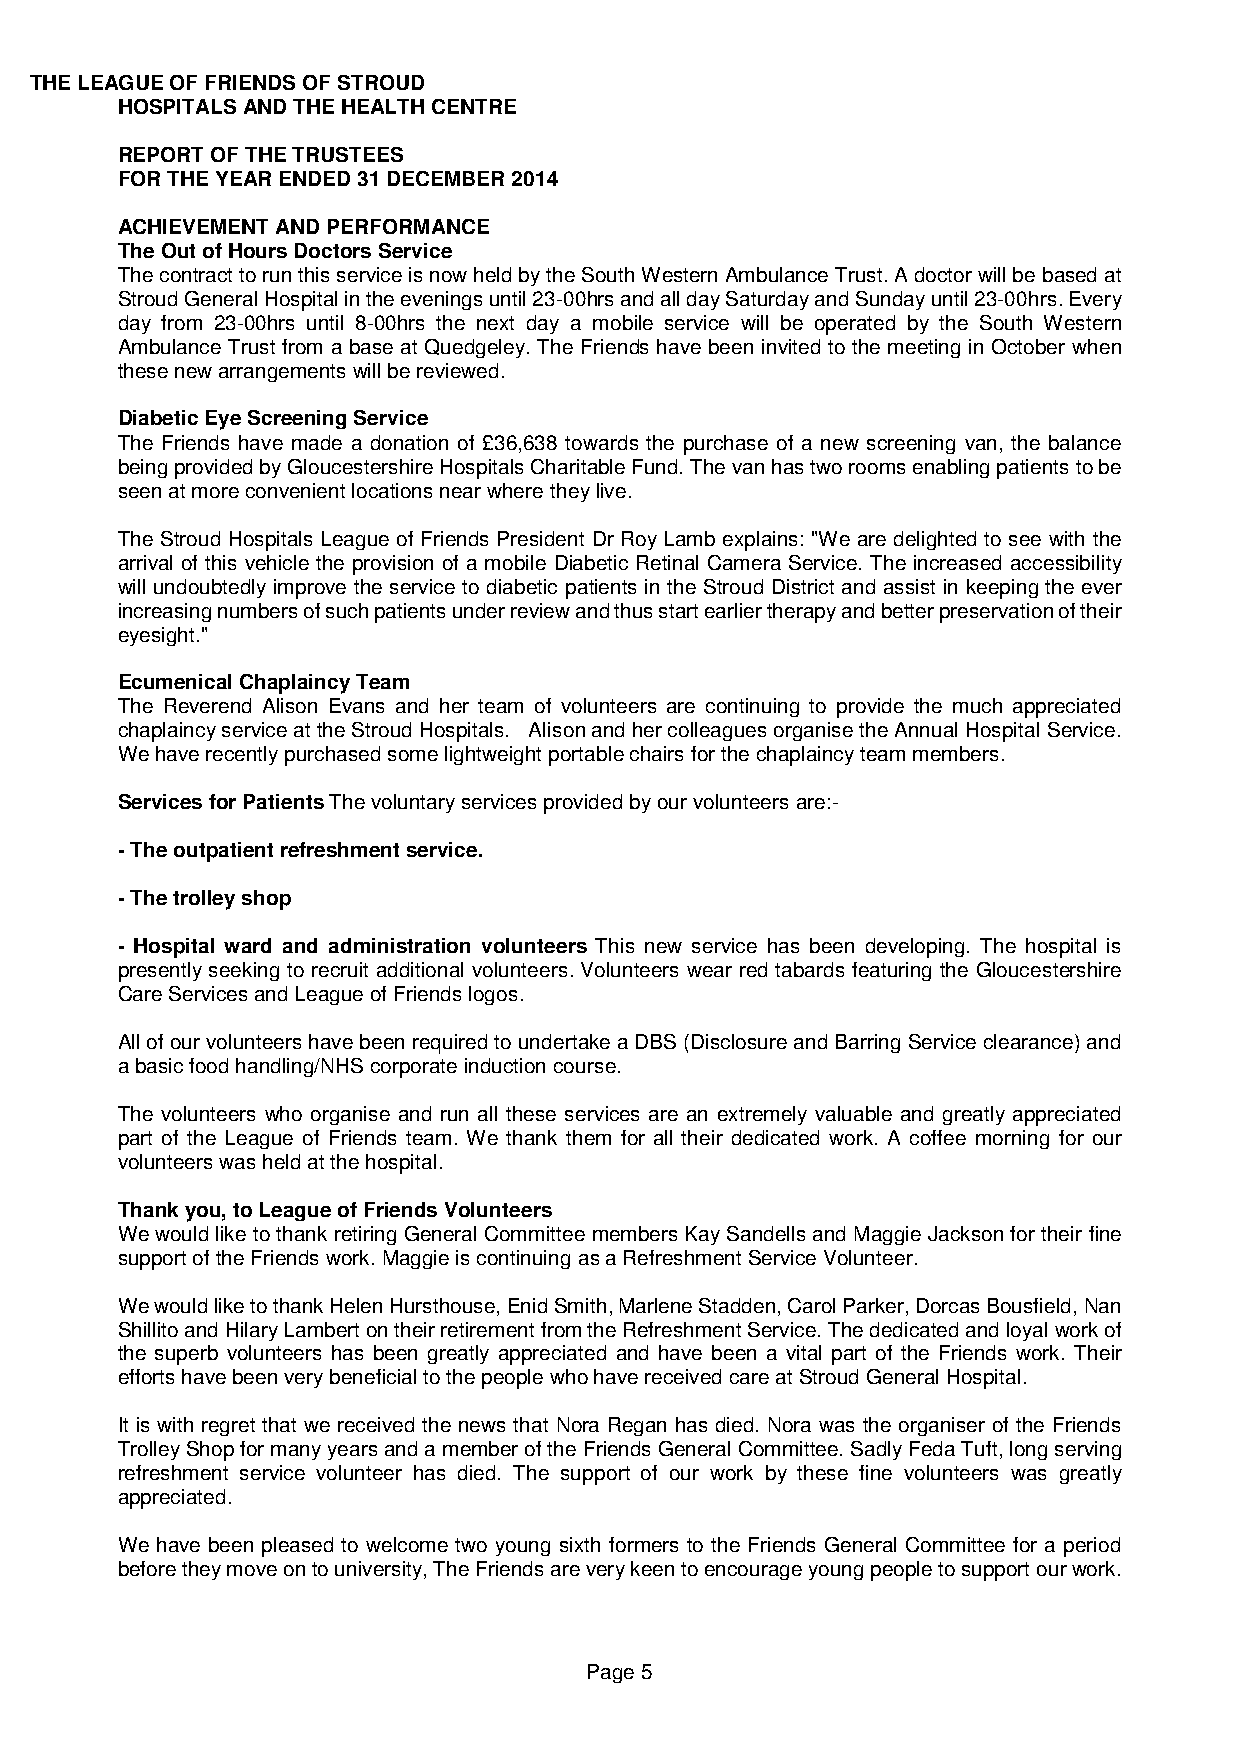
THE LEAGUE OF FRIENDS OF STROUD
 HOSPITALS AND THE HEALTH CENTRE
 REPORT OF THE TRUSTEES
 FOR THE YEAR ENDED 31 DECEMBER 2014
 ACHIEVEMENT AND PERFORMANCE
 The Out of Hours Doctors Service
 The contract to run this service is now held by the South Western Ambulance Trust. A doctor will be based at
 Stroud General Hospital in the evenings until 23-00hrs and all day Saturday and Sunday until 23-00hrs. Every
 day from 23-00hrs until 8-00hrs the next day a mobile service will be operated by the South Western
 Ambulance Trust from a base at Quedgeley. The Friends have been invited to the meeting in October when
 these new arrangements will be reviewed.
 Diabetic Eye Screening Service
 The Friends have made a donation of £36,638 towards the purchase of a new screening van, the balance
 being provided by Gloucestershire Hospitals Charitable Fund. The van has two rooms enabling patients to be
 seen at more convenient locations near where they live.
 The Stroud Hospitals League of Friends President Dr Roy Lamb explains: "We are delighted to see with the
 arrival of this vehicle the provision of a mobile Diabetic Retinal Camera Service. The increased accessibility
 will undoubtedly improve the service to diabetic patients in the Stroud District and assist in keeping the ever
 increasing numbers of such patients under review and thus start earlier therapy and better preservation of their
 eyesight."
 Ecumenical Chaplaincy Team
 The Reverend Alison Evans and her team of volunteers are continuing to provide the much appreciated
 chaplaincy service at the Stroud Hospitals. Alison and her colleagues organise the Annual Hospital Service.
 We have recently purchased some lightweight portable chairs for the chaplaincy team members.
 Services for Patients The voluntary services provided by our volunteers are:-
 - The outpatient refreshment service.
 - The trolley shop
 - Hospital ward and administration volunteers This new service has been developing. The hospital is
 presently seeking to recruit additional volunteers. Volunteers wear red tabards featuring the Gloucestershire
 Care Services and League of Friends logos.
 All of our volunteers have been required to undertake a DBS (Disclosure and Barring Service clearance) and
 a basic food handling/NHS corporate induction course.
 The volunteers who organise and run all these services are an extremely valuable and greatly appreciated
 part of the League of Friends team. We thank them for all their dedicated work. A coffee morning for our
 volunteers was held at the hospital.
 Thank you, to League of Friends Volunteers
 We would like to thank retiring General Committee members Kay Sandells and Maggie Jackson for their fine
 support of the Friends work. Maggie is continuing as a Refreshment Service Volunteer.
 We would like to thank Helen Hursthouse, Enid Smith, Marlene Stadden, Carol Parker, Dorcas Bousfield, Nan
 Shillito and Hilary Lambert on their retirement from the Refreshment Service. The dedicated and loyal work of
 the superb volunteers has been greatly appreciated and have been a vital part of the Friends work. Their
 efforts have been very beneficial to the people who have received care at Stroud General Hospital.
 It is with regret that we received the news that Nora Regan has died. Nora was the organiser of the Friends
 Trolley Shop for many years and a member of the Friends General Committee. Sadly Feda Tuft, long serving
 refreshment service volunteer has died. The support of our work by these fine volunteers was greatly
 appreciated.
 We have been pleased to welcome two young sixth formers to the Friends General Committee for a period
 before they move on to university, The Friends are very keen to encourage young people to support our work.
 Page 5